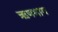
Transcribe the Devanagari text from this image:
ऋणभाग